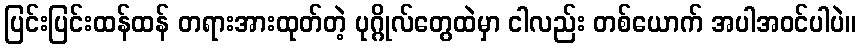
ပြင်းပြင်းထန်ထန် တရားအားထုတ်တဲ့ ပုဂ္ဂိုလ်တွေထဲမှာ ငါလည်း တစ်ယောက် အပါအဝင်ပါပဲ။